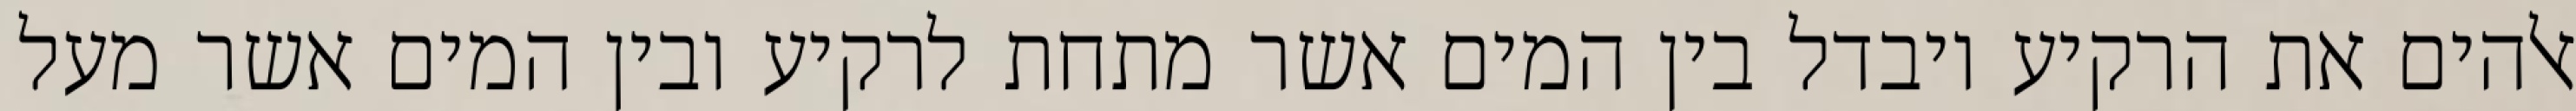
אלהים את הרקיע ויבדל בין המים אשר מתחת לרקיע ובין המים אשר מעל